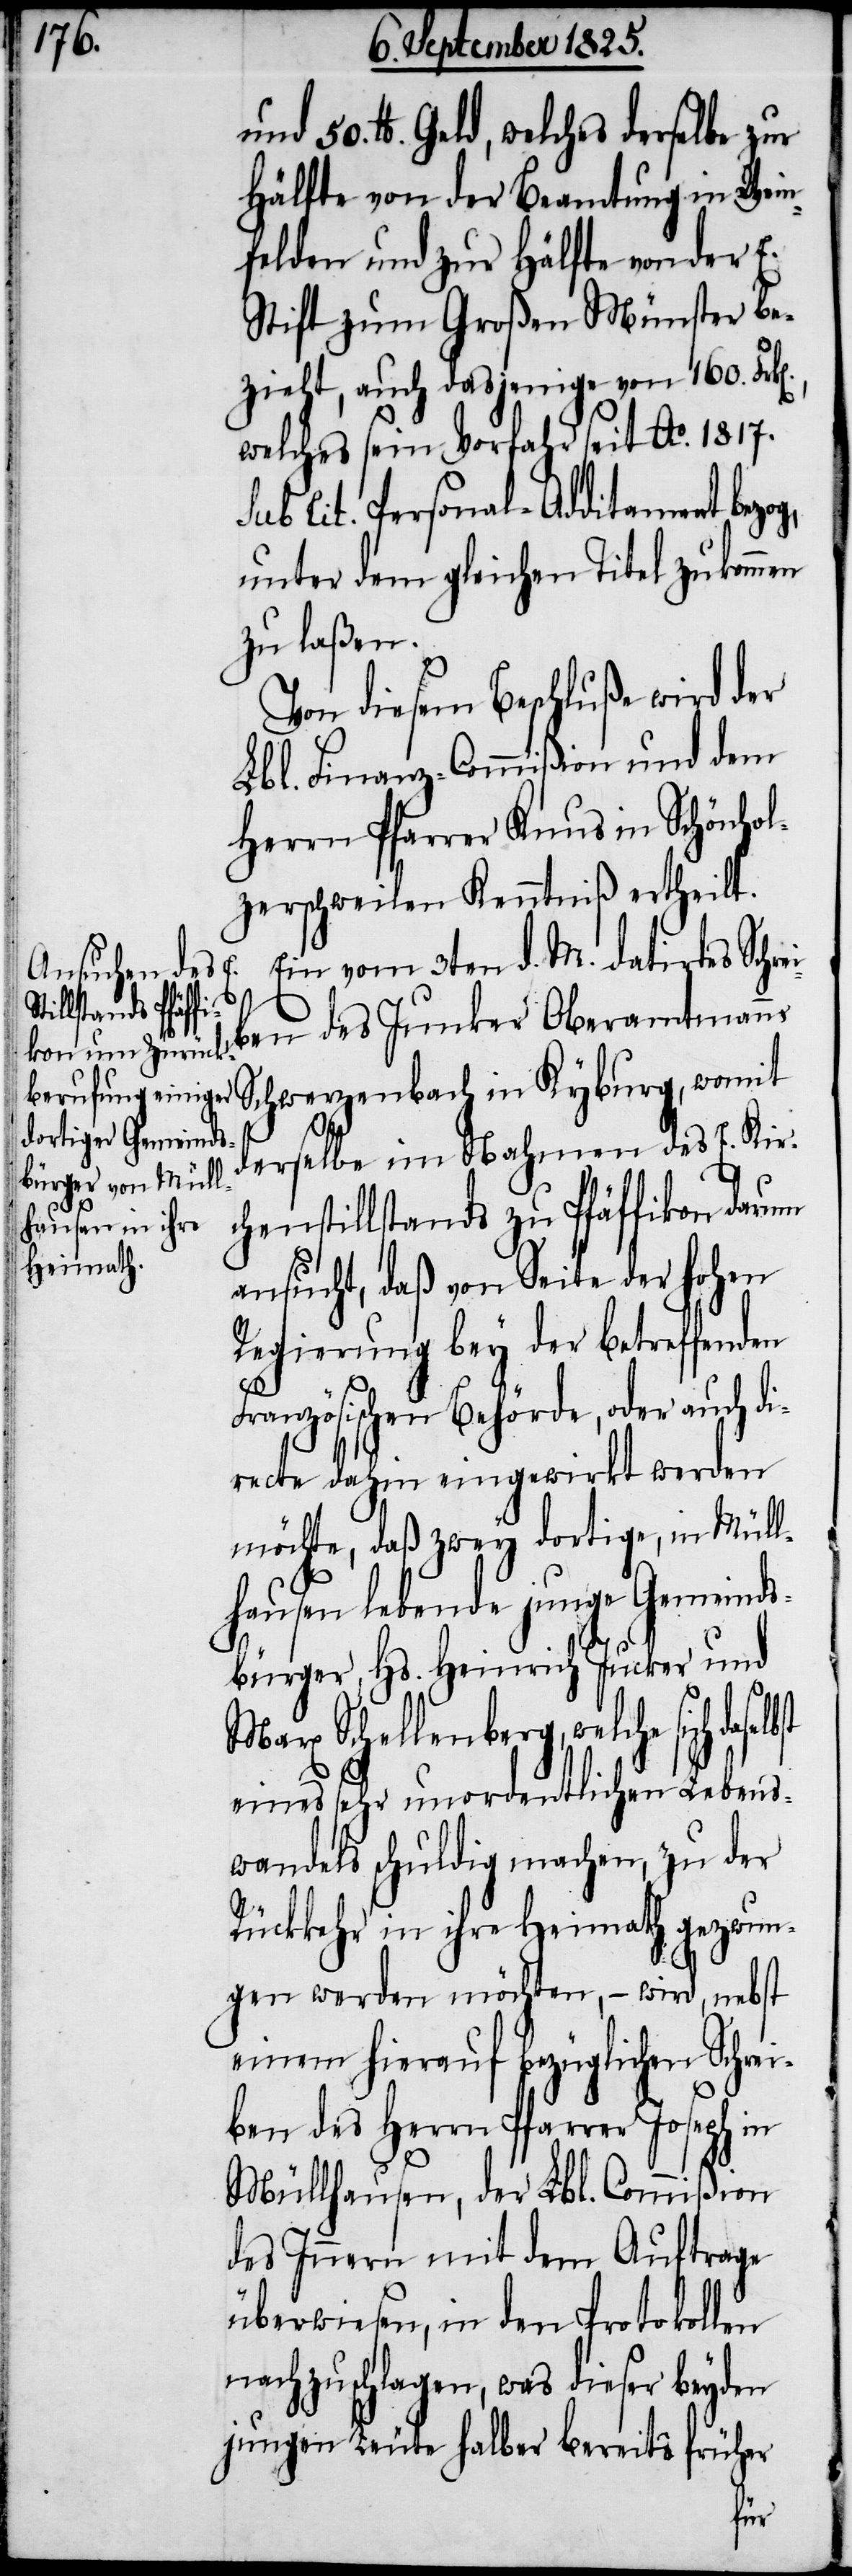
und 50. lb. Geld, welches derselbe zur
Hälfte von der Beamtung in Wein¬
felden und zur Hälfte von der E.
Stift zum Großen Münster be¬
zieht, auch dasjenige von 160. Frk[e¬
welches sein Vorfahr seit Ao. 1817.
sub Tit. Personal-Additament bezog,
unter dem gleichen Titel zukommen
zu laßen.
Von diesem Beschluße wird der
Lbl. Finanz-Commißion und dem
Herrn Pfarrer Knus in Schönhol¬
zerweilen Kenntniß ertheilt.
Ein vom 3ten d. M. datirtes Schre¬
d¬
iben des Junker Oberamtmanns
Schwerzenbach in Kyburg, womit
erselbe im Nahmen des E. Kir¬
chenstillstands zu Pfäffikon darum
ansucht, daß von Seite der hohen
Regierung bey der betreffend
Französischen Behörde, oder auch di¬
rect dahin eingewirkt werden
möchte, daß zwey dortige, in Müll¬
hausen lebende junge Gemeinds¬
bürger, Hs. Heinrich Jucker und
Marx Schellenberg, welche sich
eines sehr unordentlichen Lebens¬
wandels schuldig machen, zu der
Rückkehr in ihre Heimath gezwun¬
gen werden möchten, – wird, nebst
einem hierauf bezüglichen Schrei¬
ben des Herrn Pfarrer Joseph in
Müllhausen, der Lbl. Commißion
des Innern mit dem Auftrage
überwiesen, in den Protokollen
nachzuschlagen, was dieser beyden
jungen Leute halber bereits früher